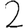
Digit: 2